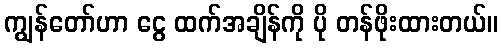
ကျွန်တော်ဟာ ငွေ ထက်အချိန်ကို ပို တန်ဖိုးထားတယ်။